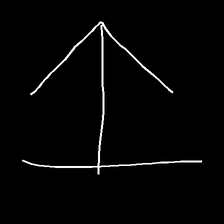
Glyph: levitation